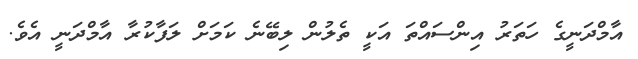
އާމްދަނީގެ ހަތަރު އިންސައްތަ އަކީ ތެލުން ލިބޭނެ ކަމަށް ލަފާކުރާ އާމްދަނީ އެވެ.